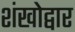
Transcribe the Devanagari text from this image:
शंखोद्वार